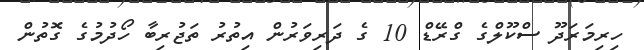
ހިރިމަރަދޫ ސްކޫލްގެ ގްރޭޑް 10 ގެ ދަރިވަރުން އިތުރު ތަޖުރިބާ ހޯދުމުގެ ގޮތުން